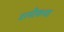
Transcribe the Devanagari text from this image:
शमीकचा